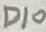
Text: D10